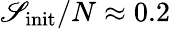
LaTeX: \mathscr{S}_{\mathrm{{init}}}/N\approx0.2